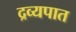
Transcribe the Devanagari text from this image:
द्रव्यपात